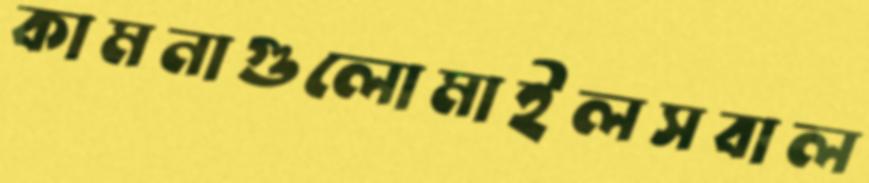
কামনাগুলোমাইলসবাল